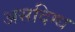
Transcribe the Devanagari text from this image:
असदिग्ध